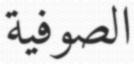
الصوفية